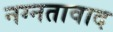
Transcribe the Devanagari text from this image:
नग्नतावाद